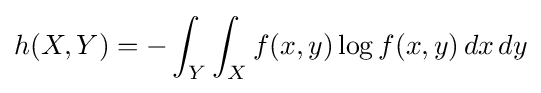
h(X,Y)=-\int _{Y}\int _{X}f(x,y)\log f(x,y)\,dx\,dy